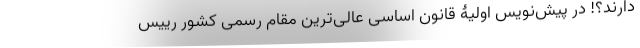
دارند؟! در پیش‌نویس اولیۀ قانون اساسی عالی‌ترین مقام رسمی کشور رییس